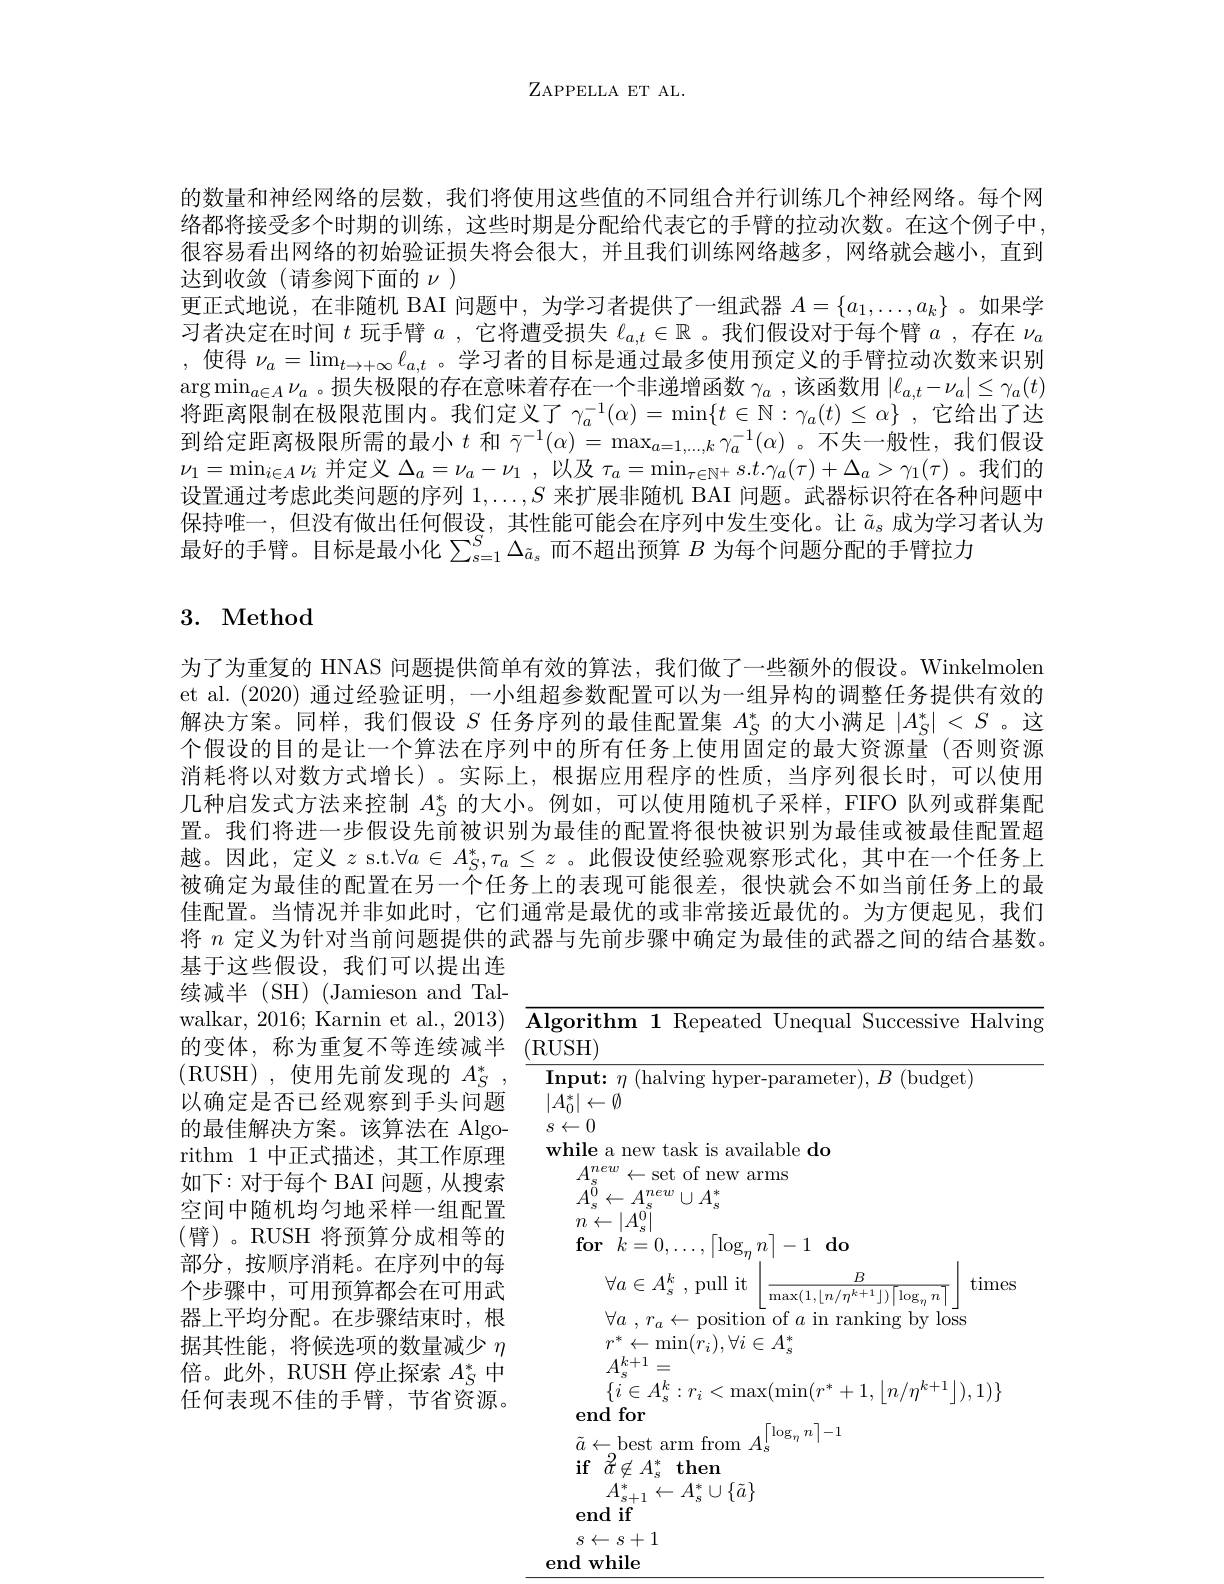
ZAPPELLA ET AL.

的数量和神经网络的层数，我们将使用这些值的不同组合并行训练几个神经网络。每个网络都将接受多个时期的训练，这些时期是分配给代表它的手臂的拉动次数。在这个例子中， 很容易看出网络的初始验证损失将会很大，并且我们训练网络越多，网络就会越小，直到达到收敛(请参阅下面的$\nu)$
更正式地说，在非随机 BAI 问题中，为学习者提供了一组武器$A=\{a_1,\ldots,a_k\}$ 。如果学习者决定在时间$t$玩手臂$a$ ,它将遭受损失$\ell_a,t\in\mathbb{R}$ 。我们假设对于每个臂$a$ ,存在$\nu_a$ ,使得$\nu_a=\lim_{t\to+\infty}\ell_{a,t}$。学习者的目标是通过最多使用预定义的手臂拉动次数来识别$\arg\min_{a\in A}\nu_a$ 。损失极限的存在意味着存在一个非递增函数$\gamma_a$ ,该函数用$|\ell_a,t-\nu_a|\leq\gamma_a(t)$ 将距离限制在极限范围内。我们定义了$\gamma_a^{-1}(\alpha)=\operatorname*{min}\{t\in\mathbb{N}:\gamma_a(t)\leq\alpha\}$ ,它给出了达到给定距离极限所需的最小$t$和$\bar{\gamma}^{-1}(\alpha)=\max_{a=1,\ldots,k}\gamma_a^{-1}(\alpha)$ 。不失一般性，我们假设$\nu_1=\operatorname*{min}_{i\in A}\nu_i$并定义$\Delta_a=\nu_a-\nu_1$,以及$\tau_a=\operatorname*{min}_\tau\in\mathbb{N}^+s.t.\gamma_a(\tau)+\Delta_a>\gamma_1(\tau)$ 。我们的设置通过考虑此类问题的序列$1,\ldots,S$来扩展非随机 BAI 问题。武器标识符在各种问题中保持唯一，但没有做出任何假设，其性能可能会在序列中发生变化。让$\tilde{a}_\mathrm{s}$成为学习者认为最好的手臂。目标是最小化$\sum_{s=1}^S\Delta_{\tilde{a}_s}$而不超出预算$B$为每个问题分配的手臂拉力

# 3. Method

为了为重复的 HNAS 问题提供简单有效的算法，我们做了一些额外的假设。Winkelmolen et al. (2020) 通过经验证明，一小组超参数配置可以为一组异构的调整任务提供有效的解决方案。同样，我们假设$S$任务序列的最佳配置集$A_S^*$的大小满足$|A_S^*|<S$ 。这个假设的目的是让一个算法在序列中的所有任务上使用固定的最大资源量(否则资源消耗将以对数方式增长)。实际上，根据应用程序的性质，当序列很长时，可以使用几种启发式方法来控制$A_S^*$的大小。例如，可以使用随机子采样，FIFO 队列或群集配置。我们将进一步假设先前被识别为最佳的配置将很快被识别为最佳或被最佳配置超越。因此，定义$z$ s.t.$\forall a\in A_S^*,\tau_a\leq z$ 。此假设使经验观察形式化，其中在一个任务上被确定为最佳的配置在另一个任务上的表现可能很差，很快就会不如当前任务上的最佳配置。当情况并非如此时，它们通常是最优的或非常接近最优的。为方便起见，我们将$n$定义为针对当前问题提供的武器与先前步骤中确定为最佳的武器之间的结合基数。基于这些假设，我们可以提出连

续减半(SH)(Jamieson and Tal-
walkar, 2016; Karnin et al., 2013) $\overline\textbf{Algorithm }1\text{ Repeated Unequal Successive Halving}$
的变体，称为重复不等连续减半(RUSH)
(RUSH),使用先前发现的$A_S^*$, 以确定是否已经观察到手头问题的最佳解决方案。该算法在 Algorithm 1 中正式描述，其工作原理如下：对于每个 BAI 问题，从搜索空间中随机均匀地采样一组配置(臂)。RUSH 将预算分成相等的部分，按顺序消耗。在序列中的每个步骤中，可用预算都会在可用武器上平均分配。在步骤结束时，根据其性能，将候选项的数量减少$\eta$ 倍。此外，RUSH 停止探索$A_S^*$中任何表现不佳的手臂，节省资源。

$\textbf{Input: }\eta \allowbreak ( {\mathrm{mod}} $halving hyper- parameter$) , B\allowbreak ( {\mathrm{mod}} $s)
$|\bar{A_0^*}|\leftarrow\emptyset$
$s\leftarrow0$
while a new task is available do
$A_{s}^{new}\leftarrow$set of new arms
$A_{s}^{\tilde{0}}\leftarrow A_{s}^{new}\cup A_{s}^{*}$ $n\leftarrow|A_{\mathrm{s}}^{0}|$ $\textbf{for}$ $k= 0, \ldots , \left \lceil \log _\eta n\right \rceil - 1$ $\textbf{do}$
times
$\forall a\in A_{s}^{k}$ ,pull it$\left|\frac B{\max(1,\lfloor n/\eta^{k+1}\rfloor)\lceil\log_{\eta}n}\right|$
$\forall a$ , $r_{a}\leftarrow \bar {\text{position of }a}$ in ranking by loss
$r^{*}\leftarrow\operatorname*{min}(r_{i}),\forall i\in A_{s}^{*}$
$A_{\mathrm{s}}^{k+1}=$
$\{\vec{i}\in A_{s}^{k}:r_{i}<\max(\min(r^{*}+1,\left\lfloor n/\eta^{k+1}\right\rfloor),1)\}$
$\begin{array}{l}{\mathrm{end~for}}\\{\tilde{a}\leftarrow\mathrm{best~arm~from~}A_{s}^{\left\lceil\log_{\eta}n\right\rceil-1}}\\{\mathrm{if~}\tilde{\sigma}\hat{\alpha}\hat{\alpha}\hat{\alpha}\hat{\alpha}^{*}\hat{\mathbf{then}}}\end{array}$
$\textbf{if}{\:\tilde{d} }\not \in A_{\mathrm{s} }^{* }$then
$A_{s+1}^{*}\leftarrow A_{s}^{*}\cup\{\tilde{a}\}$
end if
$s\leftarrow s+1$
end while